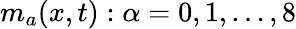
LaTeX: {m_{a}}(x,t):\alpha=0,1,...,8